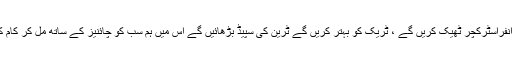
اُنہوں نے مزید کہا کہ سی پیک میں ریلوے کو ایک اچھا حصہ مل رہا ہے جس میں انفراسٹرکچر ٹھیک کریں گے ، ٹریک کو بہتر کریں گے ٹرین کی سپیڈ بڑھائیں گے اس میں ہم سب کو چائنیز کے ساتھ مل کر کام کرنا ہو گا اور ان کی سیکورٹی کے معاملات کو بھی احسن طریقے سے نبھانا ہو گا ۔